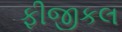
ફીજીકલ